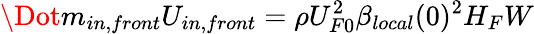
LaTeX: \Dot{m}_{in,front}U_{in,front}=\rho U_{F0}^{2}\beta_{local}(0)^{2}H_{F}W